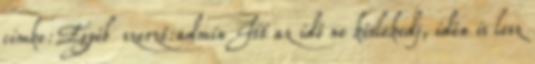
cimke:Egyéb szerző:admin Itt az idő ne késlekedj, idén is lesz